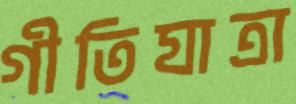
গীতিযাত্রা